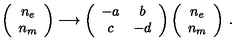
\left( \begin{array} { c } { n _ { e } } \\ { n _ { m } } \\ \end{array} \right) \longrightarrow \left( \begin{array} { c c } { - a } & { b } \\ { c } & { - d } \\ \end{array} \right) \left( \begin{array} { c } { n _ { e } } \\ { n _ { m } } \\ \end{array} \right) \: .